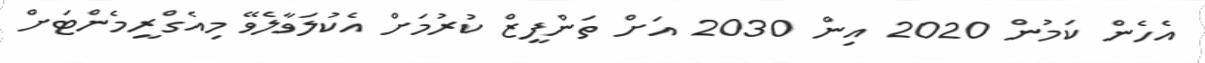
އެހެން ކަމުން 2020 އިން 2030 އަށް ތަންފީޒް ކުރުމަށް އެކުލަވާލެވޭ މިއެގްރީމެންޓަށް